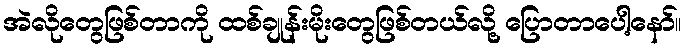
အဲလိုတွေဖြစ်တာကို ထစ်ချုန်းမိုးတွေဖြစ်တယ်လို့ ပြောတာပေါ့နော်။